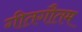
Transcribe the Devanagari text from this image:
गीतगौतम